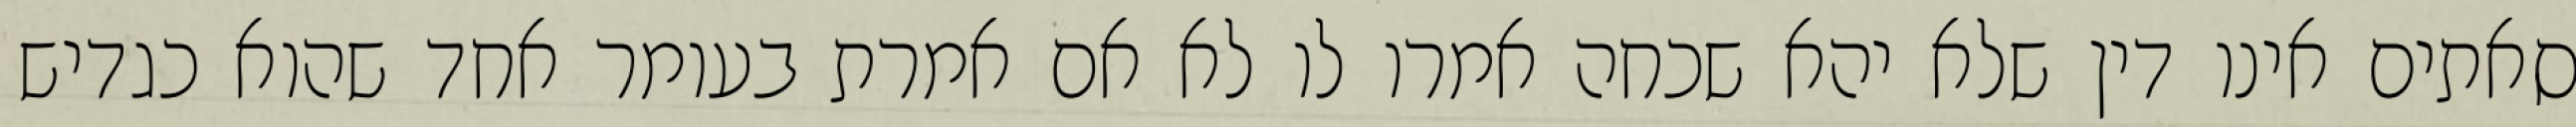
סאתים אינו דין שלא יהא שכחה אמרו לו לא אם אמרת בעומר אחד שהוא כגדיש